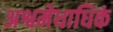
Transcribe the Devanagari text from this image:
अश्वमेधाधिकं